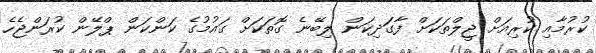
ކުރުމާއި ކުރިއަށް ޖީލްތަކަށް ފާގަަދިކަން ލިބޭނެ ގޮތަކަށް ގައުމުގެ ކަންކަން ޕްލޭން ކުރަންޖެހެ